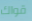
قواك